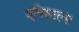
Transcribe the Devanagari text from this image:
एपिस्टल्स